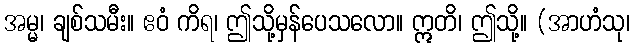
အမ္မ၊ ချစ်သမီး။ ဧဝံ ကိရ၊ ဤသို့မှန်ပေသလော။ ဣတိ၊ ဤသို့။ (အာဟံသု၊